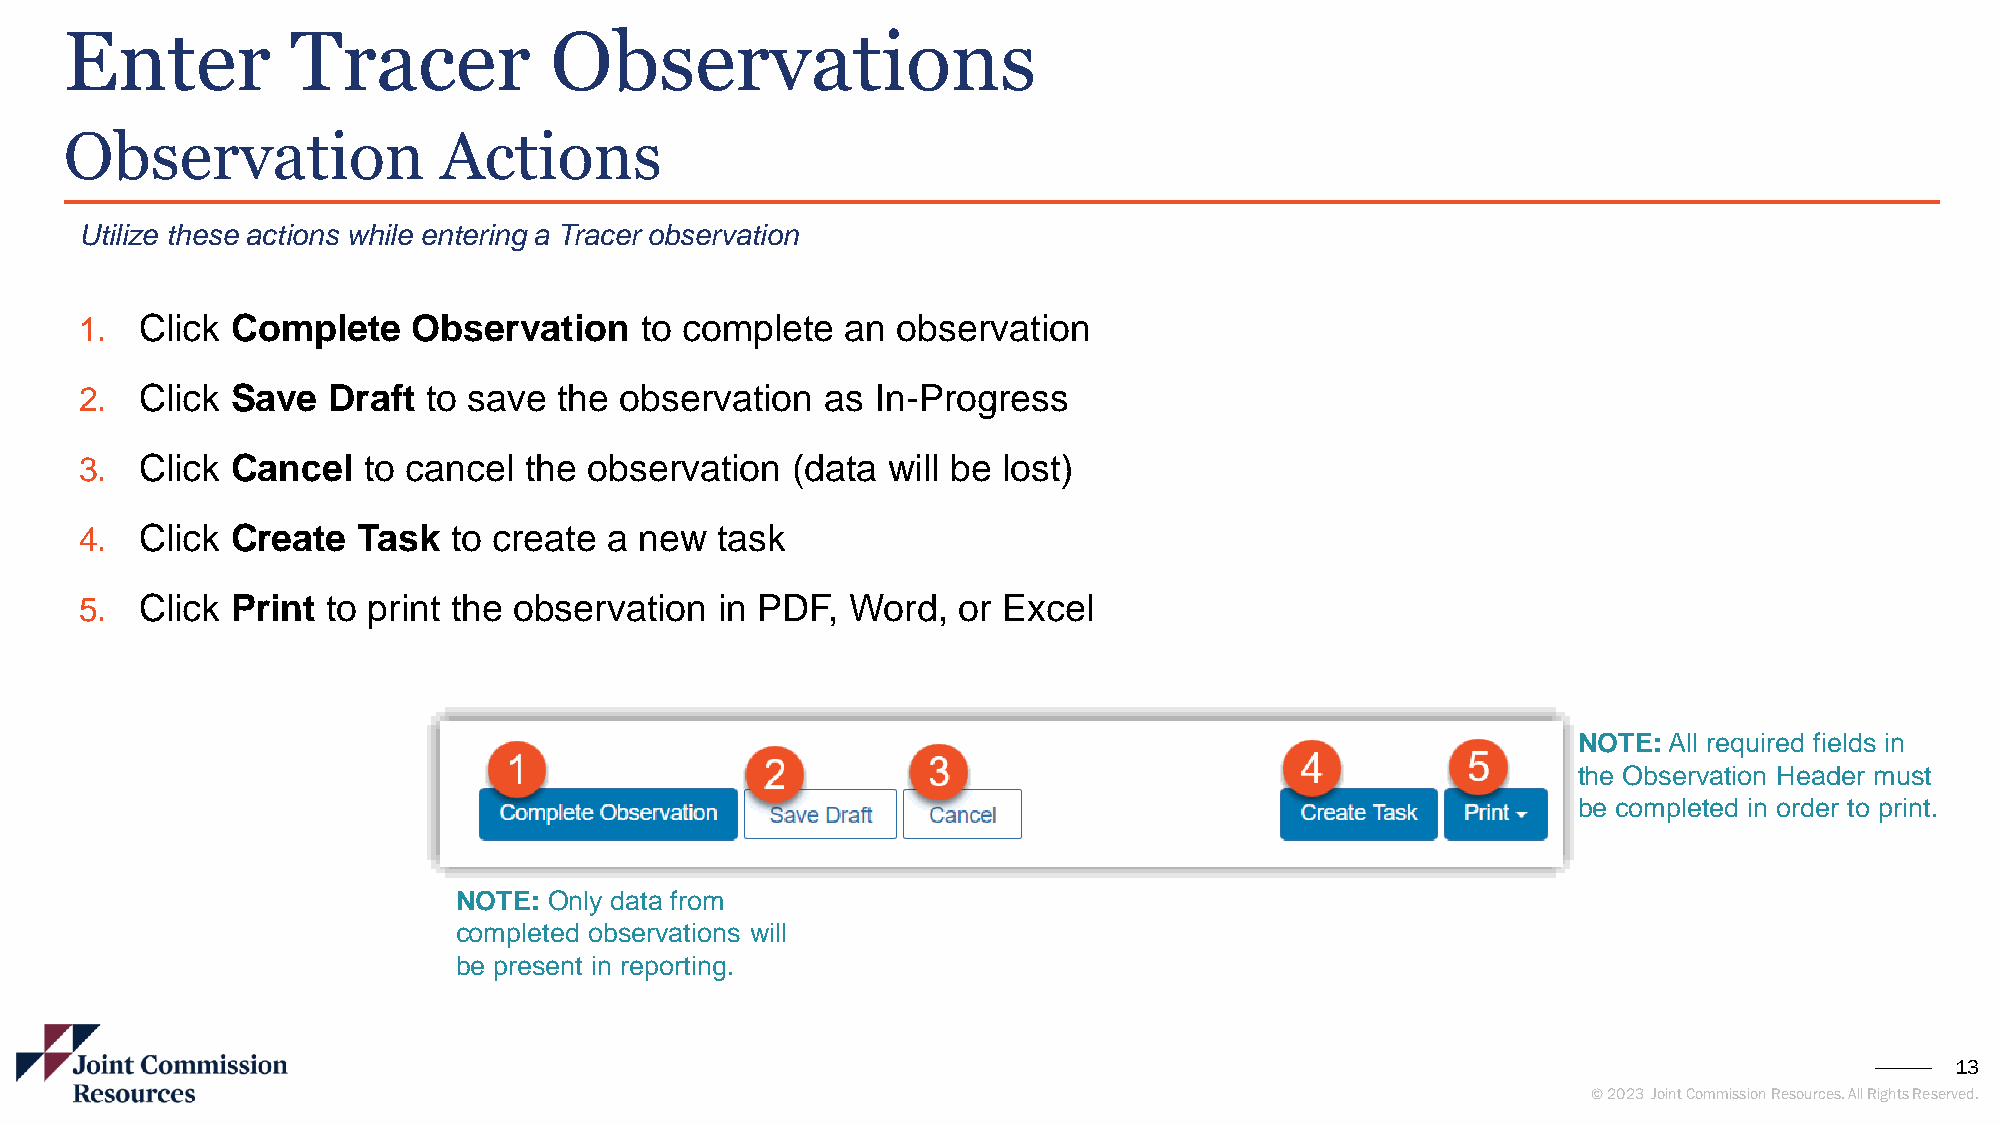
Enter          Tracer           Observations
 Observation              Actions
 Utilize these actions while entering a Tracer observation
 1.  Click Complete    Observation    to complete   an observation
 2.  Click Save   Draft to save  the observation   as In-Progress
 3.  Click Cancel   to cancel  the observation  (data  will be lost)
 4.  Click Create   Task  to create a new  task
 5.  Click Print  to print the observation  in PDF, Word,  or Excel
 NOTE: All required fields in
 the Observation Header must
 be completed in order to print.
 NOTE: Only data from
 completed observations will
 be present in reporting.
 13
 © 2023 Joint Commission Resources. All Rights Reserved.